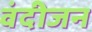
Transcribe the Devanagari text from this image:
वंदीजन